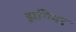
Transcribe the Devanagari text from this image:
ड्रागियर